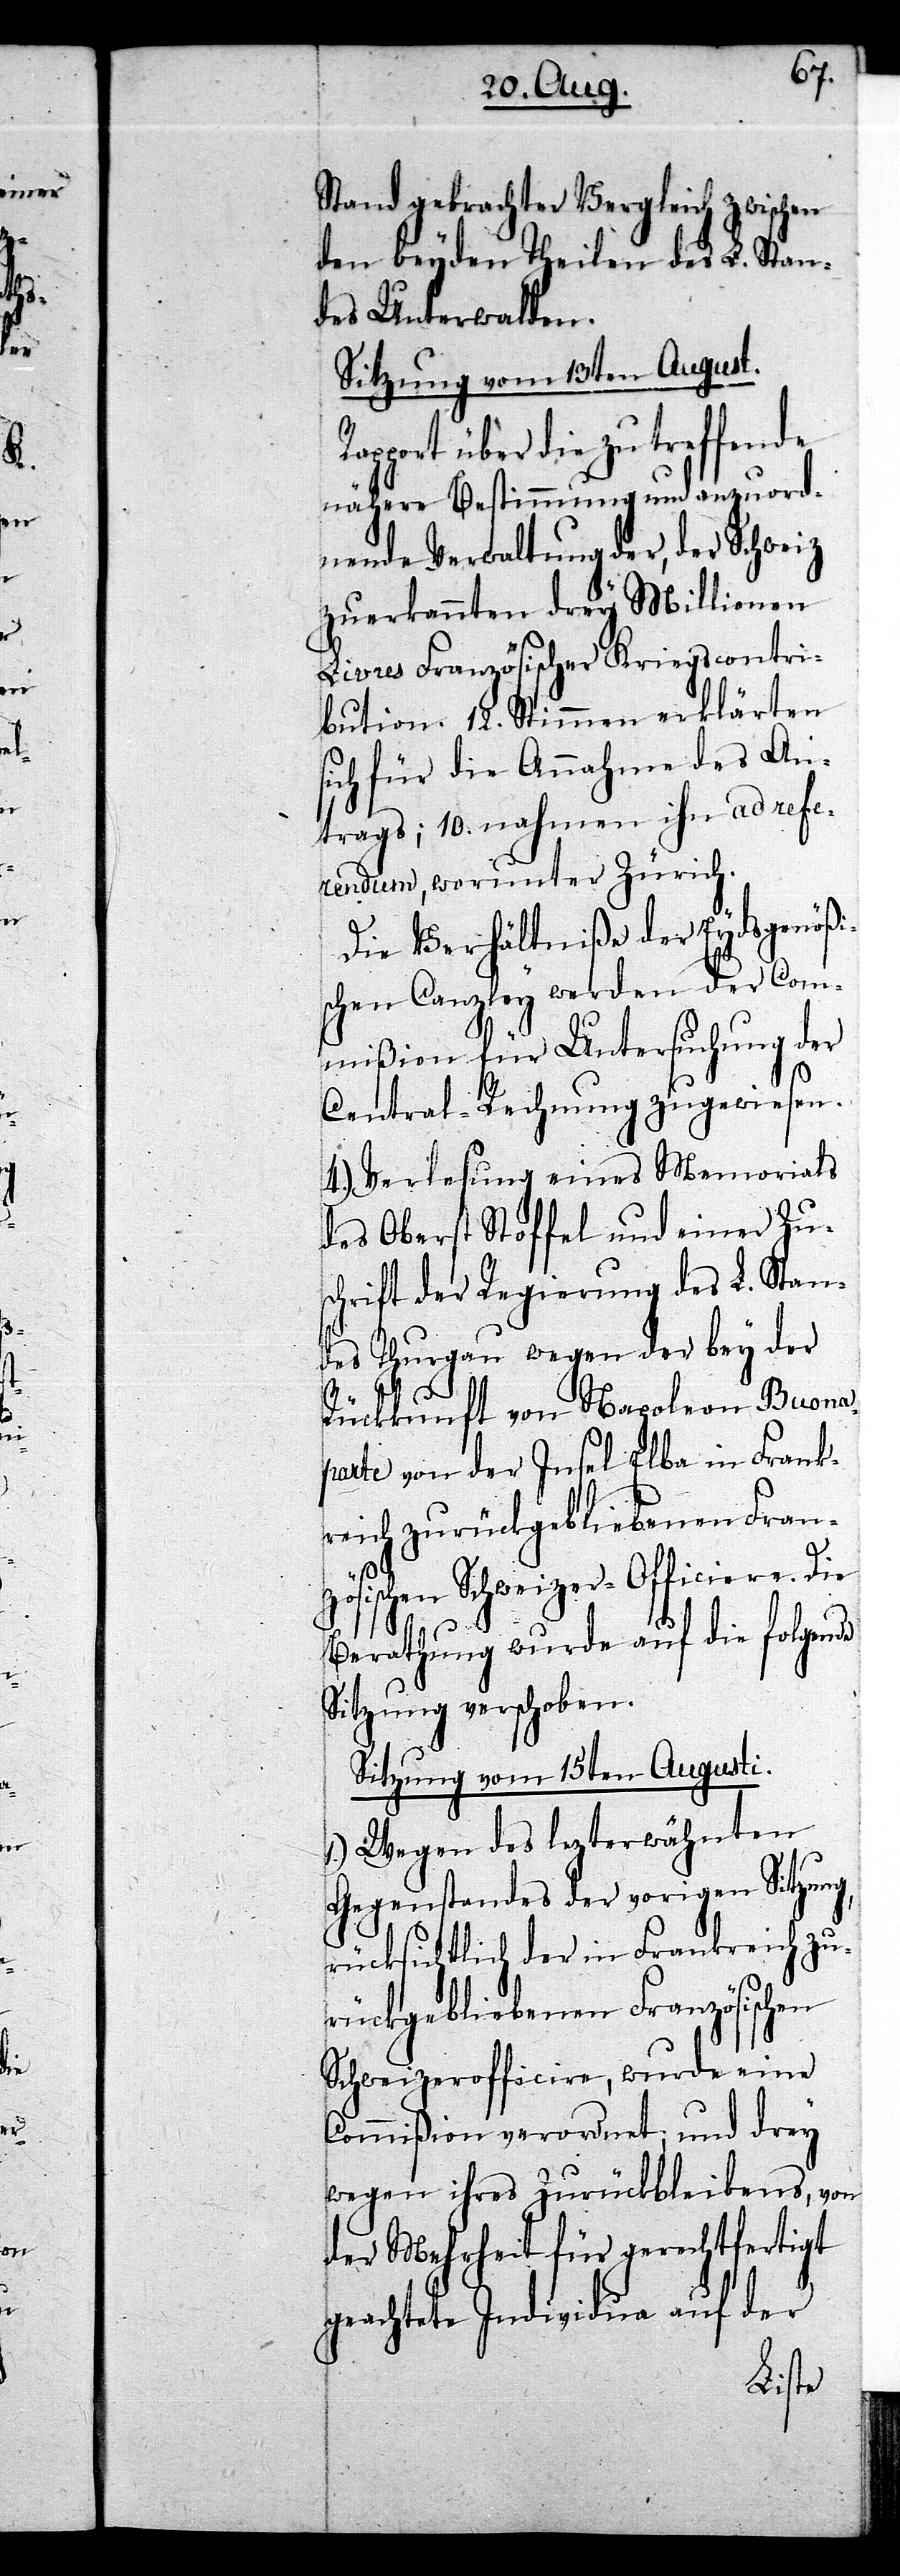
Rap¬
Stand gebrachter Vergleich zwischen
den beyden Theilen des L. Stan¬
des Unterwalden.
Sitzung vom 13ten August.
port über die zu treffende
nähere Bestimmung und anzuord¬
nende Verwaltung der, der Schweiz
zuerkannten drey Millionen
Livres Französicher Kriegscontri¬
bution. 12. Stimmen erklärten
sich für die Annahme des An¬
trags; 10. nahmen ihn an refer¬
endum, worunter Zürich.
Die Verhältniße der Eydsgenöß¬
ischen Canzley werden der Com¬
mißion für Untersuchung der
Central-Rechnung zugewiesen.
4.) Verlesung eines Memorials
des Oberst Stoffel und einer Zu¬
schrift der Regierung des L. Stan¬
des Thurgau wegen der bey der
Rückkunft von Napoleon Buona¬
parte von der Insel Elba in Frank¬
reich zurückgebliebenen Franzö¬
sischen Schweizer-Officiere. Die
Berathung wurde auf die folgende
Sitzung verschoben.
Sitzung vom 15ten Augusti.
1.) Wegen des lezterwähnten
Gegenstandes der vorigen Sitzung,
rücksichtlich der in Frankreich zu¬
rückgebliebenen Französischen
Schweizerofficiere, wurde eine
Commißion verordnet; und drey
wegen ihres Zurückbleibens, von
der Mehrheit für gerechtfertigt
geachtete Individua auf der